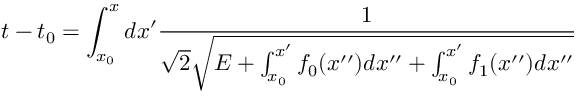
t - t _ { 0 } = \int _ { x _ { 0 } } ^ { x } d x ^ { \prime } \frac { 1 } { \sqrt { 2 } \sqrt { E + \int _ { x _ { 0 } } ^ { x ^ { \prime } } f _ { 0 } ( x ^ { \prime \prime } ) d x ^ { \prime \prime } + \int _ { x _ { 0 } } ^ { x ^ { \prime } } f _ { 1 } ( x ^ { \prime \prime } ) d x ^ { \prime \prime } } }